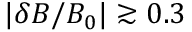
| \delta B / B _ { 0 } | \gtrsim 0 . 3